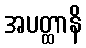
အပတ္ထာနိ